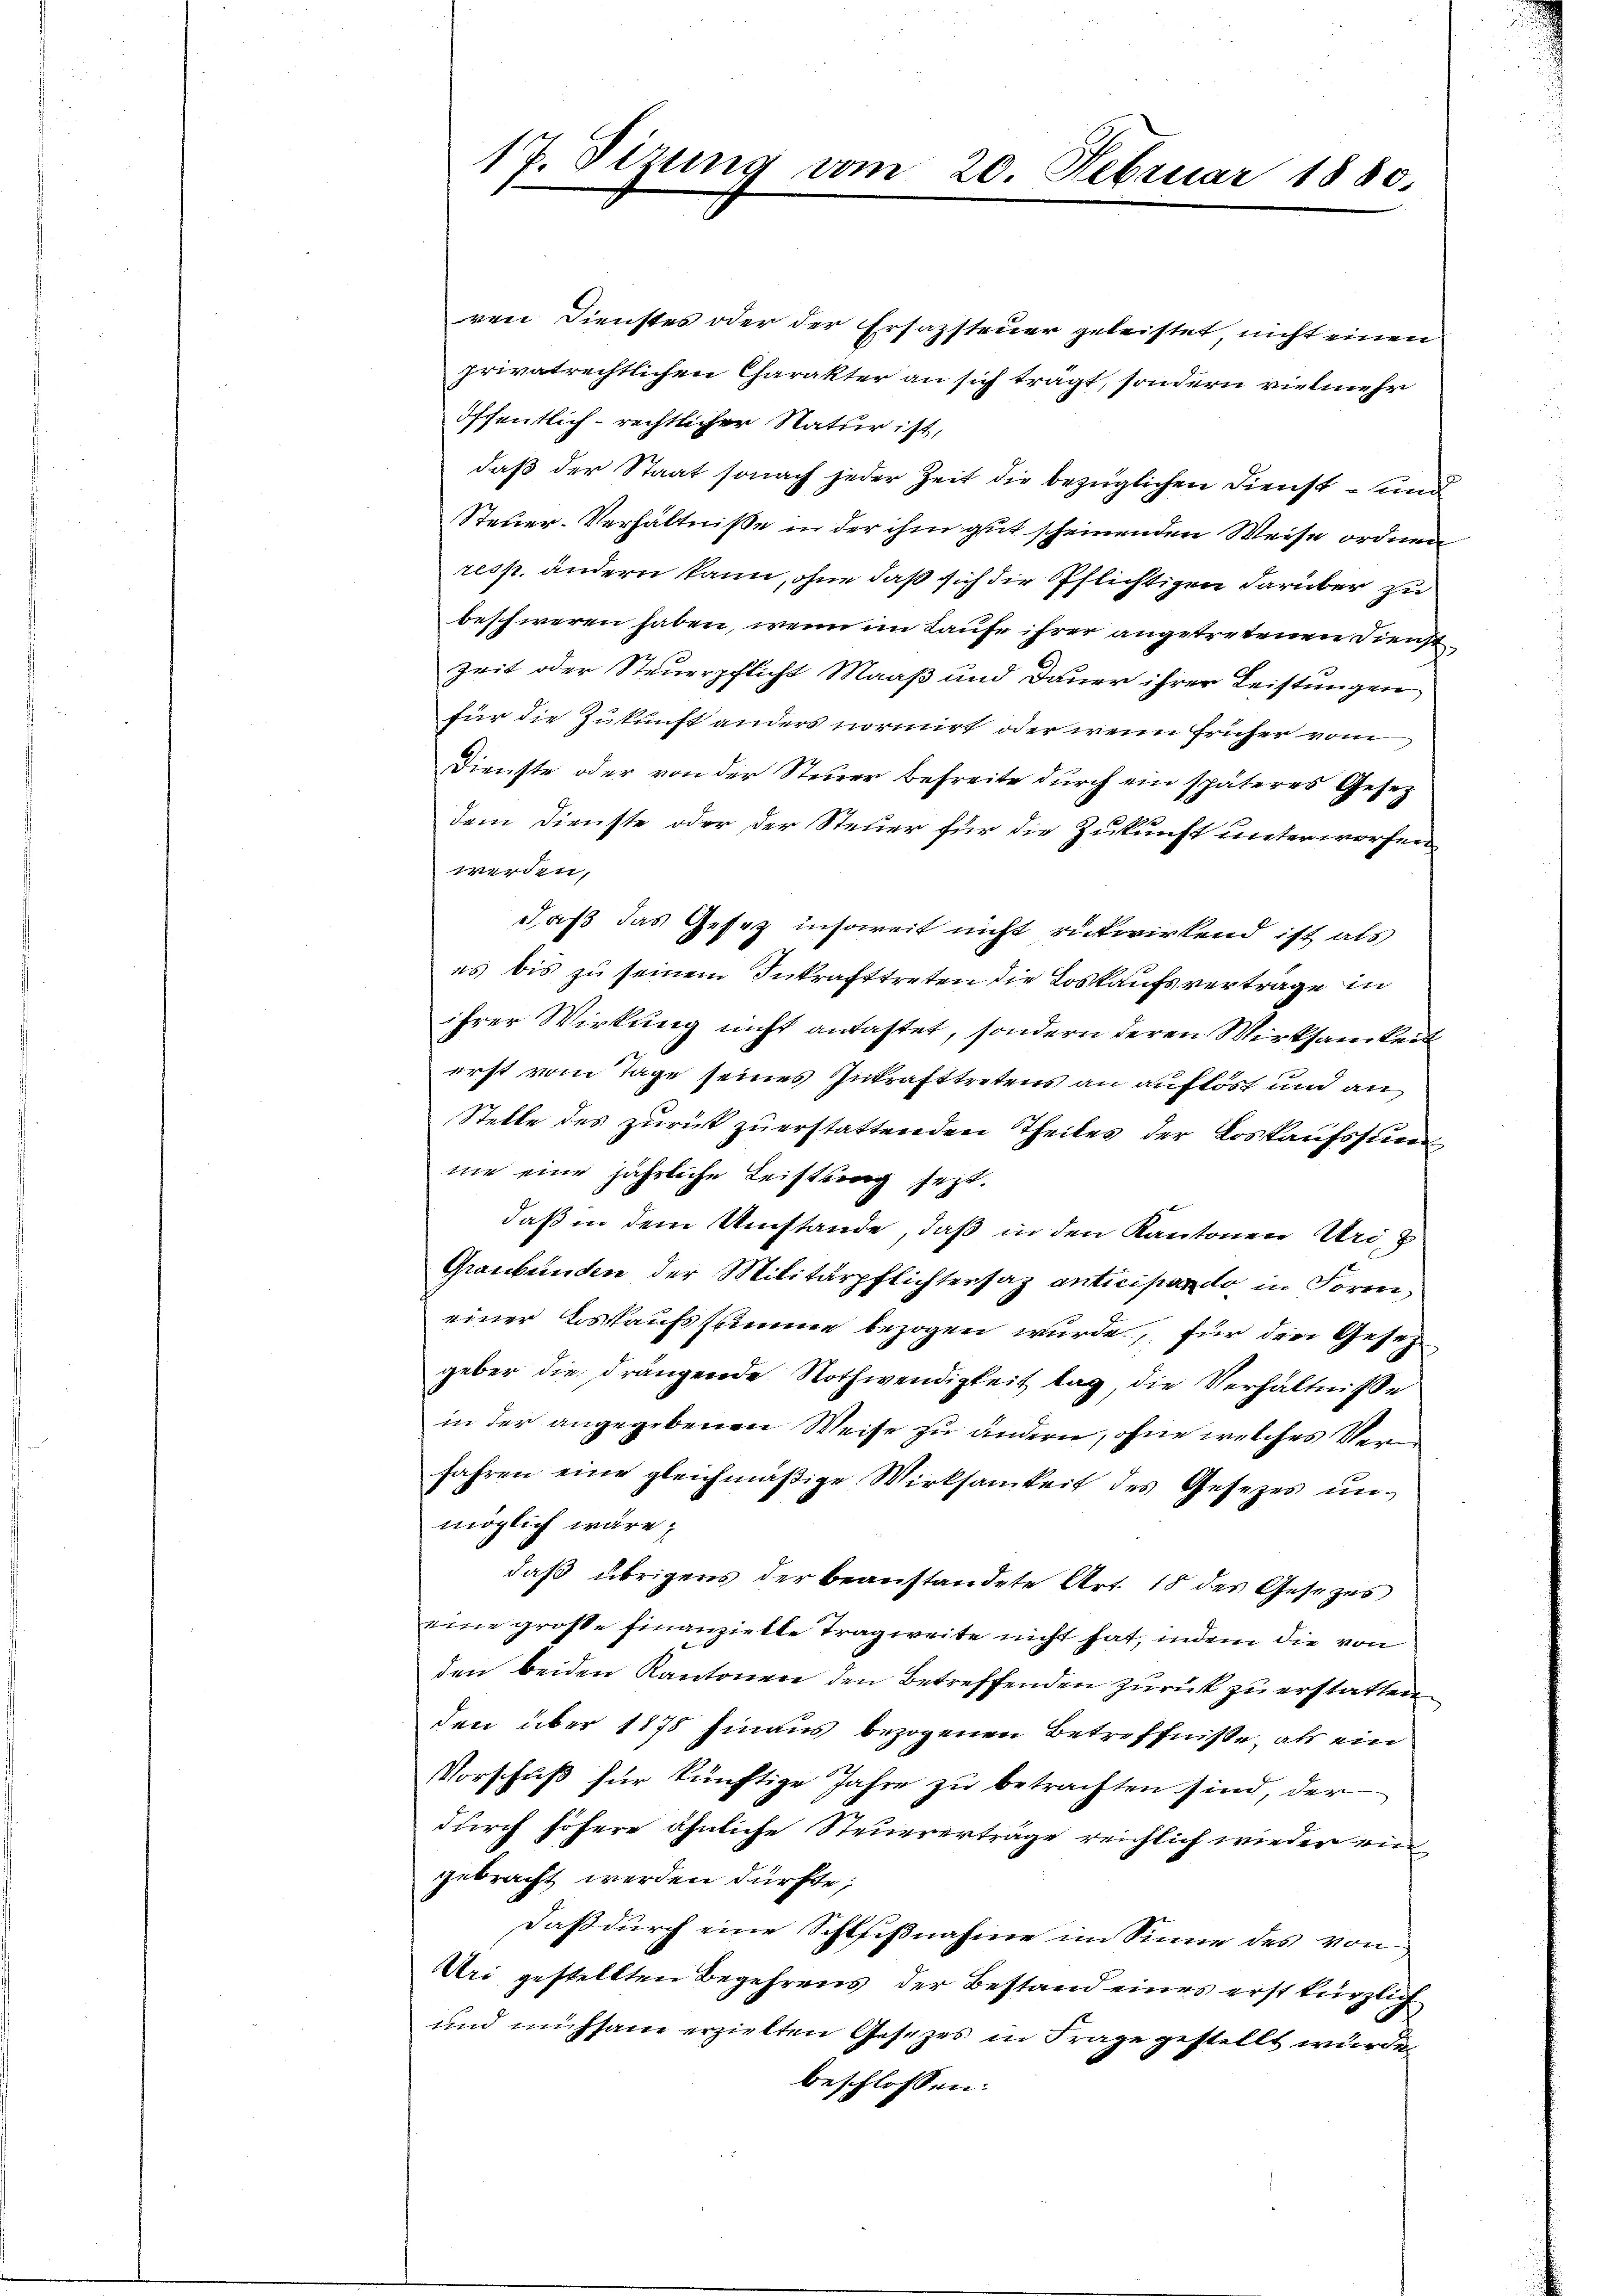
ren Dienstes oder der Ersazsteuer geleistet, nicht einen
privatrechtlichen Charakter an sich trägt, sondern vielmehr
öffentlich-rechtlicher Natur ist,
daß der Staat sonach jeder Zeit die bezüglichen Dienst – und
Steuer-Verhältniße in der ihm gut scheinenden Weise ordnen
resp. ändern kann, ohne daß sich die Pflichtigen darüber zu
beschweren haben, wenn im Laufe ihrer angetretenen Dienst¬
Zeit oder Steuerpflicht Maaß und Dauer ihrer Leistungen
für die Zukunft anders normirt, oder wenn früher vom
Dienste oder von der Steuer Befreite durch ein späteres Gesez
dem Dienste oder der Steuer für die Zukunft unterworfen
werden,
daß das Gesez insoweit nicht rükwirkend ist als
es bis zu seinem Inkrafttreten die Loskaufsvertrage in
ihrer Wirkung nicht antastet, sondern deren Wirksamkeit
erst vom Tage seines Inkrafttretens an auflöst und an
Stelle des zurück zu erstattenden Theiles der Loskaufssum
nie eine jährliche Leistung fest.
daß in dem Umstände, daß in den Kantonen Uri,
Graubünden der Militärpflichtersaz anticipando in Form
einer Loskaufssumme bezogen wurde, für die Gesetz
geber die drängende Nothwendigkeit tag, die Verhältnisse
in der angegebenen Weise zu ändern, ohne welches Ver
fahren eine gleichmäβige Wirksamkeit des Gesetzes ŭn-
möglich wäre;
daß übrigens der beanstandete Art. 18 des Gesezes
eine große Finanzielle Tragweite nicht hat, indem die von
den beiden Kantonen den Betreffenden zurück zu erstatten.
den über 1875 hinaus bezogenen Betreffnisse, als ein
Vorschuß für künftige Jahre zu betrachten sind, der
durch höhere ähnliche Steuererträge reichlich wieder ein
gebracht werden dürfte;
daß durch eine Schlußnahme im Sinne des von
Uri gestellten Begehrens der Bestand eines erst kürzlich
und mühsam erzielten Gesezes in Frage gestellt wurde.
beschlossen:

17. Sitzung vom

20. Februar 1880.